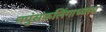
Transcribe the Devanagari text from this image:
नपुंसकलिंगाध्याय